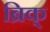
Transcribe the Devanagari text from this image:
ब्रिक्